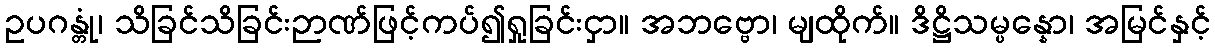
ဥပဂန္တုံ၊ သိခြင်သိခြင်းဉာဏ်ဖြင့်ကပ်၍ရှုခြင်းငှာ။ အဘဗ္ဗော၊ မျထိုက်။ ဒိဋ္ဌိသမ္ပန္နော၊ အမြင်နှင့်